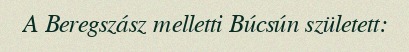
A Beregszász melletti Búcsún született: